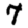
Digit: 7